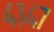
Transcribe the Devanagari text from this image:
४१४७